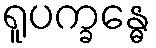
ရူပက္ခန္ဓေ